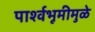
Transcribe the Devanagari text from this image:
पार्श्‍वभूमीमुळे